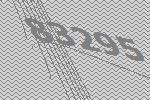
83295